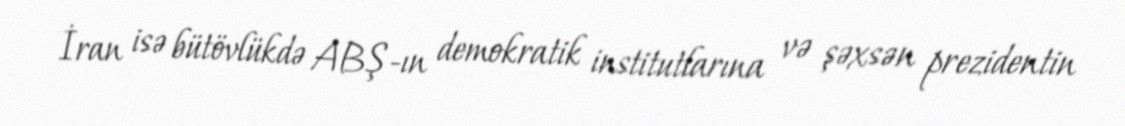
İran isə bütövlükdə ABŞ-ın demokratik institutlarına və şəxsən prezidentin